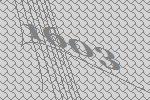
1603